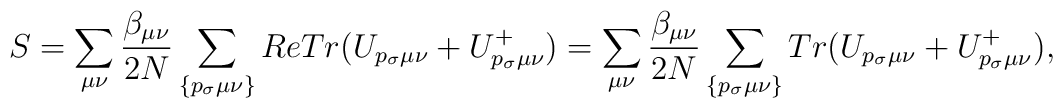
S=\sum\limits_{\mu\nu}\frac{\beta_{\mu\nu}}{2N}\sum\limits_{\{p_{\sigma}\mu\nu\}} ReTr(U_{p_{\sigma}\mu\nu}+U^{+}_{p_{\sigma}\mu\nu})=\sum\limits_{\mu\nu}\frac{\beta_{\mu\nu}}{2N}\sum\limits_{\{p_{\sigma}\mu\nu\}} Tr(U_{p_{\sigma}\mu\nu}+U^{+}_{p_{\sigma}\mu\nu}),